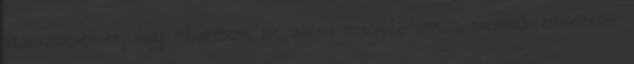
érdeklődésemet, úgy tévedtem ide, innen megnéztem a sorozat előzetesét